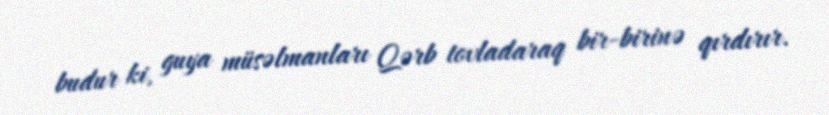
budur ki, guya müsəlmanları Qərb tovladaraq bir-birinə qırdırır.